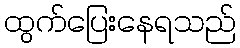
ထွက်ပြေးနေရသည်